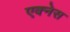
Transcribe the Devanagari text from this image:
एक्नेस